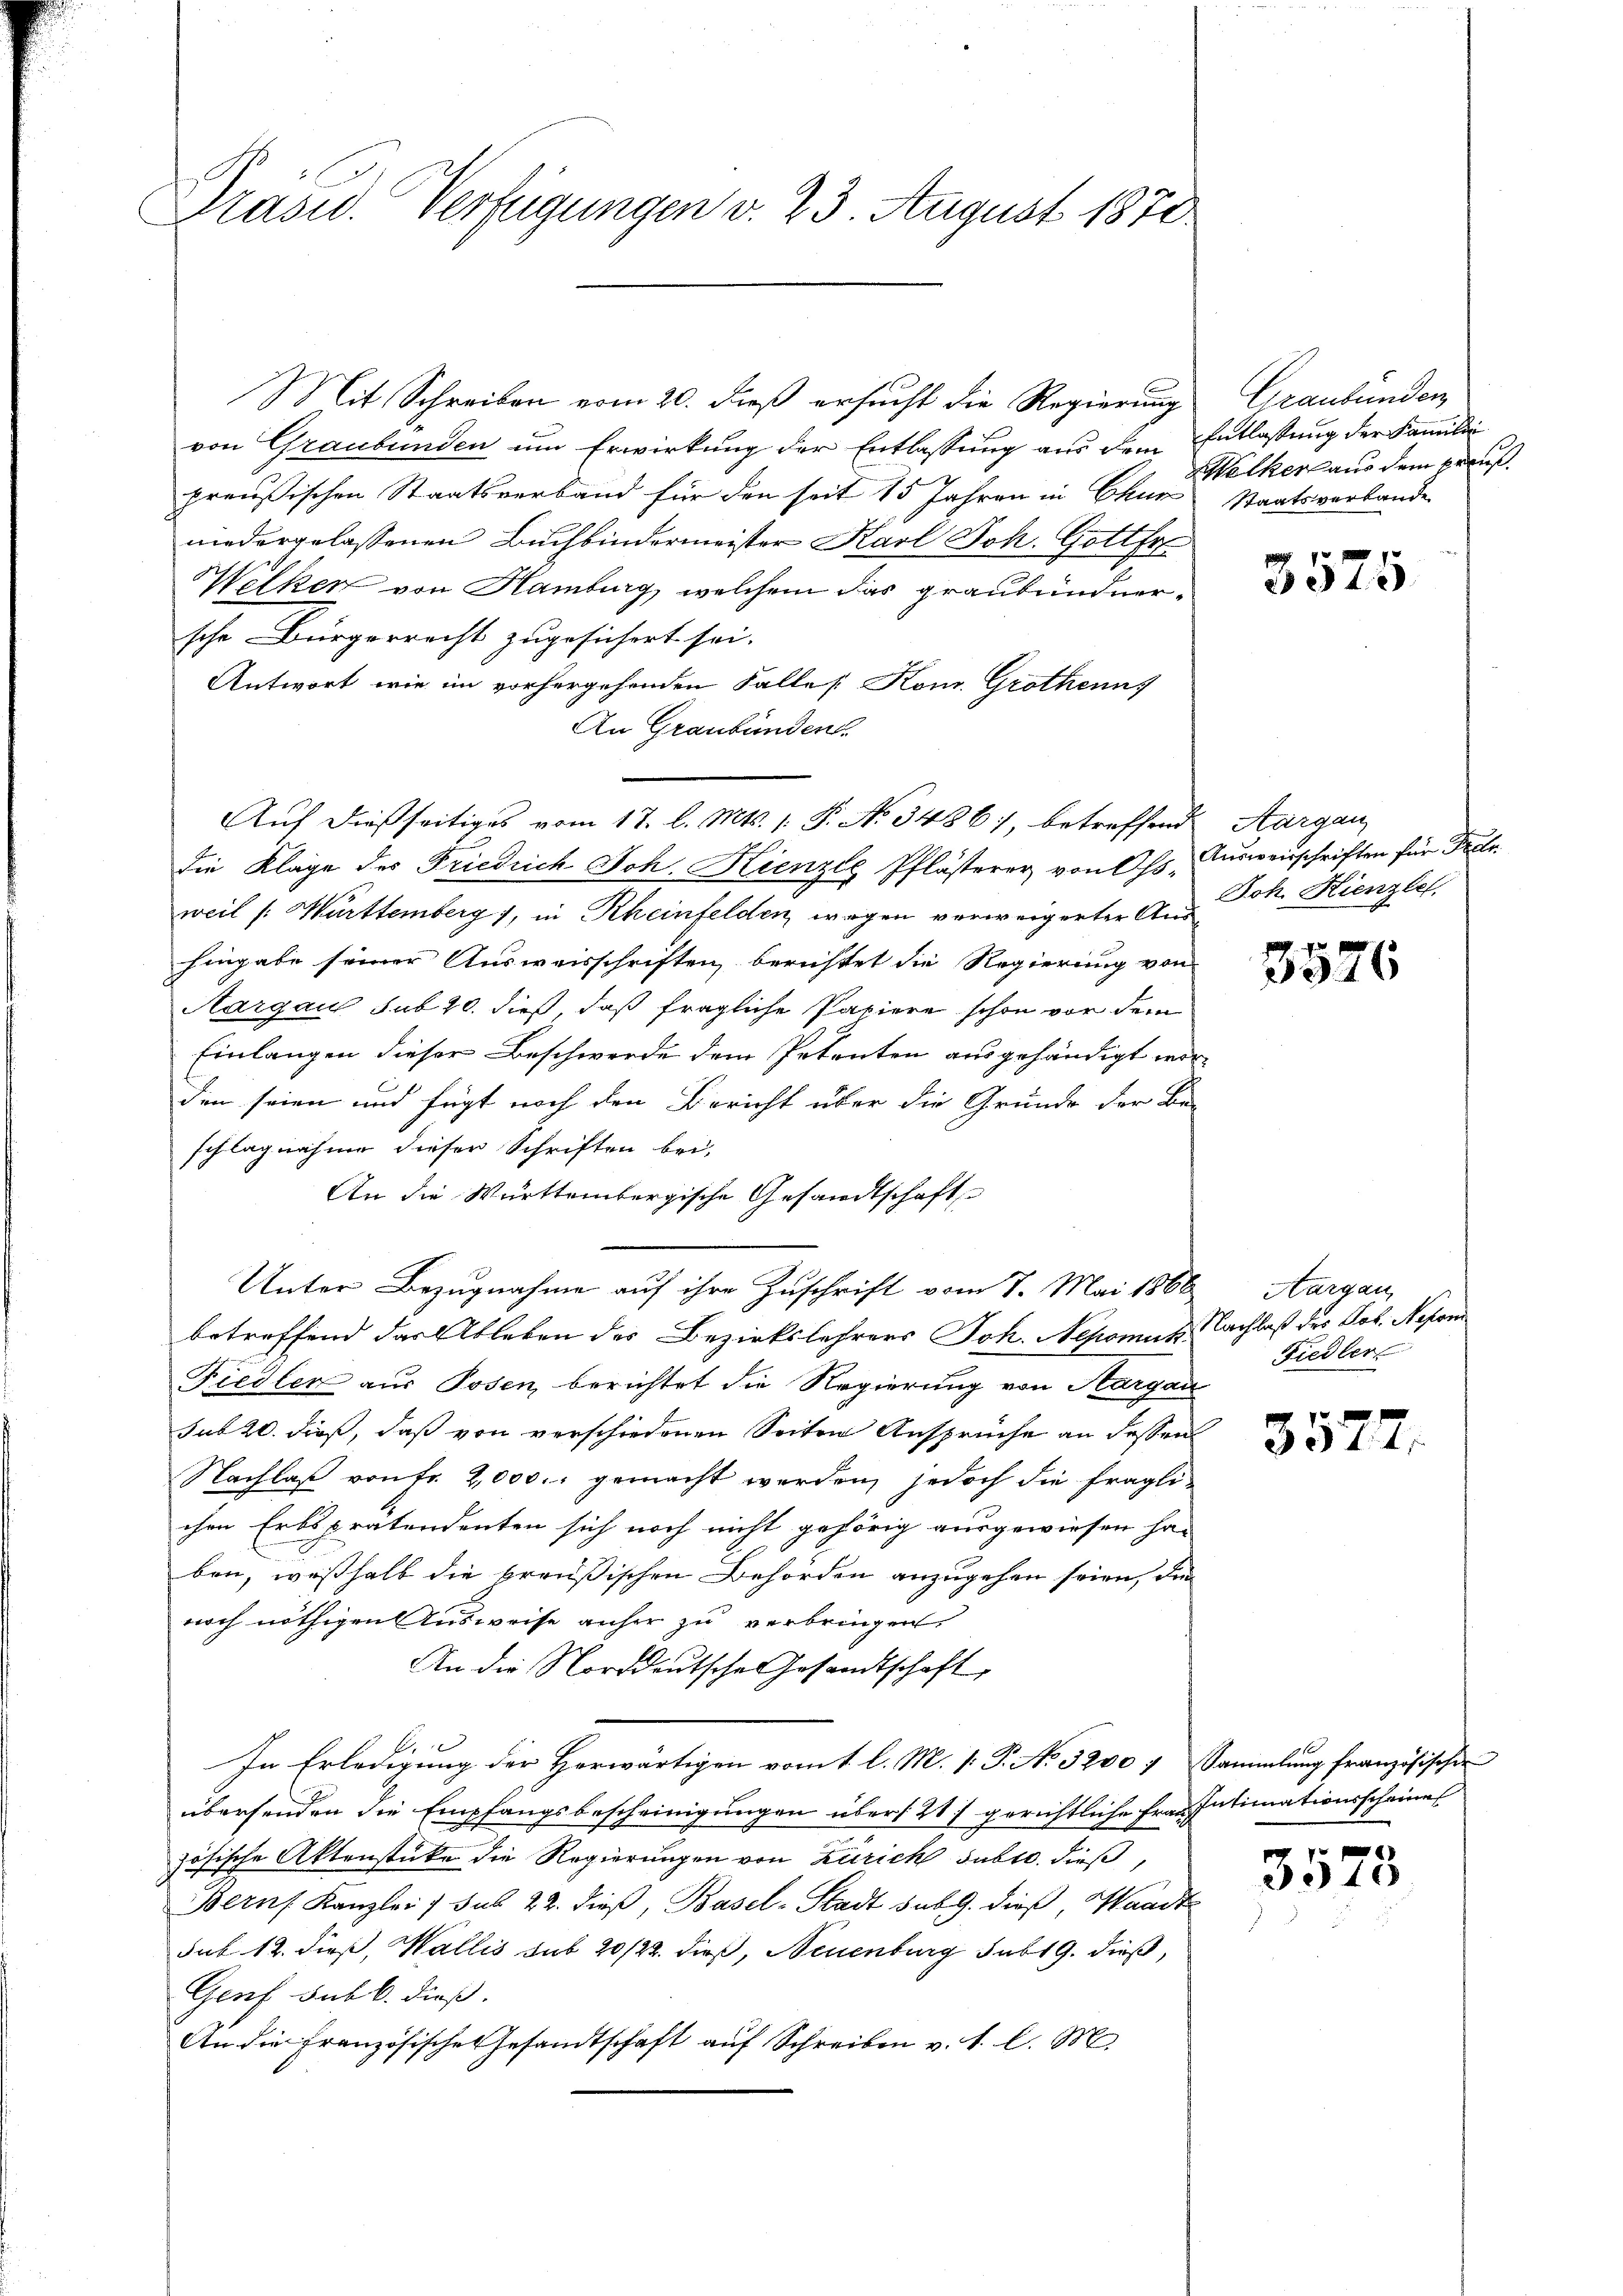
Präsid. Verfügungen v. 23. August 1870

Mit Schreiben vom 20. dieß ersucht die Regierung
von Graubünden um Erwirkung der Entlassung aus dem
preußischen Staatsverband für den seit 15 Jahren in Chur
niedergelassenen Buchbindermeister Karl Joh. Gottfr
Welken von Hamburg, welchem das graubündner¬
Ichr Bürgerrecht zugesichert sei.
Antwort, wie im vorhergehenden Falles Konr. Grothenn
An Graubünden.
Auf dießseitiges vom 17. l. Mts. 1. P. No 3486), betreffend Aargau
die Klage des Friedrich Joh. Kienze Pflästerer von Oss-
weil /: Württemberg), in Rheinfelden, wegen verweigerter Aus¬
Eingabe seiner Ausweisschriften berichtet die Regierung von
Aargau sub 20. dieß, daß fragliche Papiere schon vor dem
Einlangen dieser Beschwerde dem Petenten ausgehändigt wo
den seien und fügt noch den Bericht über die Gründe der Be-
schlagnahme dieser Schriften bei-
An die Württembergische Gesandtschaft
Unter Bezugnahme auf ihre Zuschrift vom 7. Mai 1866
betreffend das Ableben des Bezirkslehrers Joh. Nepomuk
Fiedler aus Posen, berichtet die Regierung von Aargau
sub 20. dieß, daß von verschiedenen Seiten Ansprüche an dessen
Nachlaß von Fr. 2,000. gemacht werden, jedoch die fraglichen Erbspratendenten sich noch nicht gehörig ausgewiesen han
ben, weßhalb die preußischen Behörden anzugehen seien, die
noch nöthigen Ausweise anher zu verbringen
An die Norddeutsche Gesandtschaft,
.
In Erledigung der Herwärtigen vom 1 l. M. [ P. No. 3200.
übersenden die Empfangsbescheinigungen über 217 gerichtliche Franz
zösische Aktenstücke die Regierungen von Zürich subro dieß,
Bernf Kanzlei / sub 22. dieβ, Basel-Stadt sub. 9. dieß, Waadt
sub. 12. dieß, Wallis sub 20/22. dieß, Neuenburg subt 9. dieß,
Genf sub b. dieß.
An die Französische Gesandtschaft auf Schreiben v. 1. l. M.

Graubünden
Entlassung der Familie
Welker aus dem preuß.
Staatsverbande

3575

Ausweisschriften für Frei¬
Joh. Kienzle

3526

Aargau,
Nachlaß der Pot. Nepom.
Fiedler

3572.

Sammlung französischen
Intimationsscheine

3573